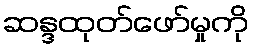
ဆန္ဒထုတ်ဖော်မှုကို